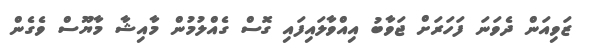
ޒަވިއަން ދެވަނަ ފަހަރަށް ޖަވާބު އިއްވާލައިފައި ގޮސް ގެއްލުމުން މާއިޝާ މާޔޫސް ވެގެން